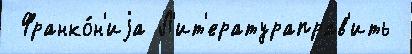
 Франко́н'иjа Л'ит'ератураправ'ить